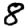
Digit: 8